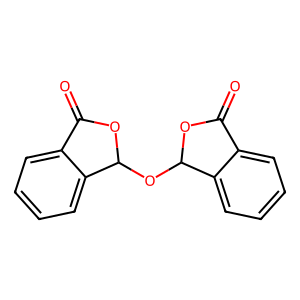
SMILES: O=C1OC(OC2OC(=O)c3ccccc32)c2ccccc21
Inhibits HIV replication: No